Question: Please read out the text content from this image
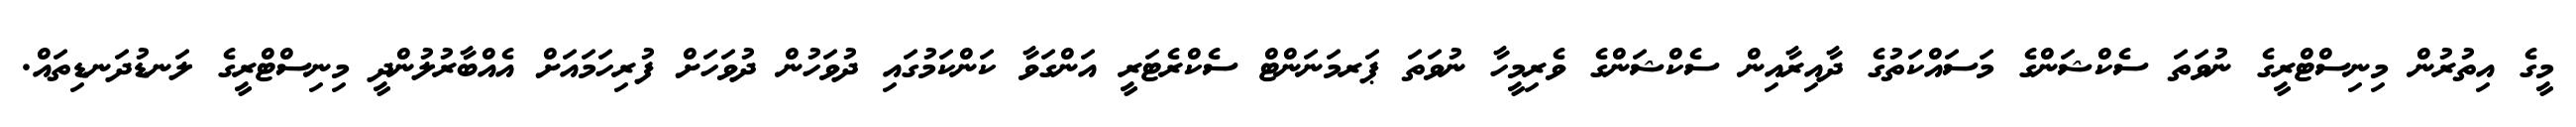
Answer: މީގެ އިތުރުން މިނިސްޓްރީގެ ނުވަތަ ސެކްޝަންގެ މަސައްކަތުގެ ދާއިރާއިން ސެކްޝަންގެ ވެރިމީހާ ނުވަތަ ޕަރމަނަންޓް ސެކްރެޓަރީ އަންގަވާ ކަންކަމުގައި ދުވަހުން ދުވަހަށް ފުރިހަމައަށް އެއްބާރުލުންދީ މިނިސްޓްރީގެ ލަނޑުދަނޑިތައް.